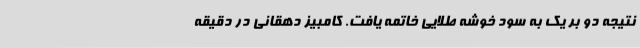
نتیجه دو بر یک به سود خوشه طلایی خاتمه یافت. کامبیز دهقانی در دقیقه